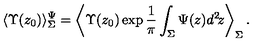
\langle \Upsilon ( z _ { 0 } ) \rangle _ { \Sigma } ^ { \Psi } = \left\langle \Upsilon ( z _ { 0 } ) \exp \frac { 1 } { \pi } \int _ { \Sigma } \Psi ( z ) d ^ { 2 } \! z \right\rangle _ { \Sigma } .